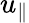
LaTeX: u_{\| }